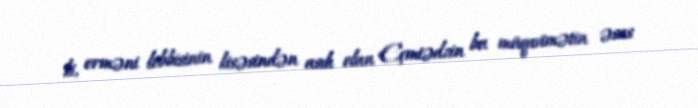
ki, erməni lobbisinin kisəsindən asılı olan Eçmiədzin bu müqavimətin əsas